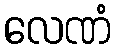
လေဏံ